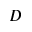
{ \cal D }